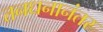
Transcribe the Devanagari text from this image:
तनधनानंतर